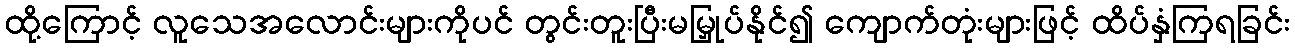
ထို့ကြောင့် လူသေအလောင်းများကိုပင် တွင်းတူးပြီးမမြှုပ်နိုင်၍ ကျောက်တုံးများဖြင့် ထိပ်နှံကြရခြင်း